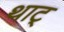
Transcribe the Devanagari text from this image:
थाट्